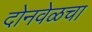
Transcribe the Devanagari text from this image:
दोनवेळचा